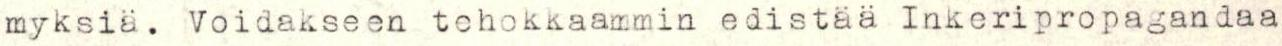
myksiä. Voidakseen tehokkaammin edistää Inkeripropagandaa